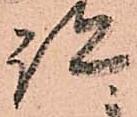
跡